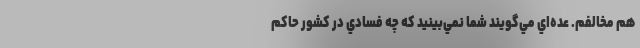
هم مخالفم. عده‌اي مي‌گويند شما نمي‌بينيد كه چه فسادي در كشور حاكم